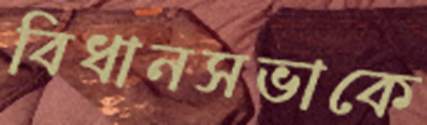
বিধানসভাকে